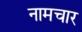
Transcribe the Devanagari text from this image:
नामचार